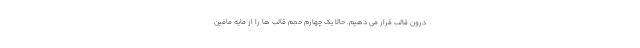
درون قالب قرار می دهیم. حالا یک چهارم حجم قالب ها را از مایه مافین